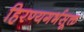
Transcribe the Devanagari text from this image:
हिरण्यगर्भसूक्त